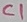
Text: C1